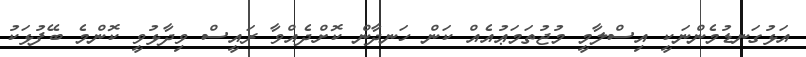
އަޅުގަނޑުމެންނަކީ އިސްލާމީ މުޖުތަމަޢުއެއް ކަން ހަނދާން ކޮށްދެއްވާ ރައީސް ވިދާޅުވީ ކޮންމެ ބޭފުޅަކު